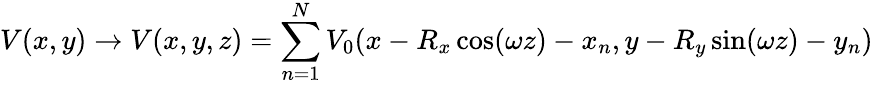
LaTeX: V(x,y)\rightarrow V(x,y,z)=\sum_{n=1}^{N}V_{0}(x-R_{x}\cos(\omega z)-x_{n},y-R_{y}\sin(\omega z)-y_{n})